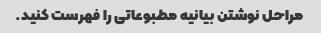
مراحل نوشتن بیانیه مطبوعاتی را فهرست کنید.